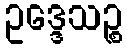
ဥဒ္ဒေသဉ္စ